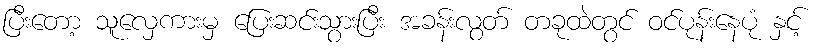
ပြီးတော့ သူလှေကားမှ ပြေးဆင်းသွားပြီး အခန်းလွတ် တခုထဲတွင် ဝင်ပုန်းနေပုံ နှင့်